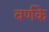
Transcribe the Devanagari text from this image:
वर्णके